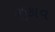
ઝૂકાવ